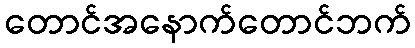
တောင်အနောက်တောင်ဘက်